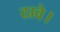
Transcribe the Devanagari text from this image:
ठावे।